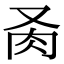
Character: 𦘬